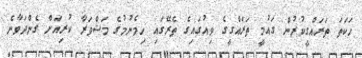
ހަކަތަ ތަރައްގީކުރުން ގައުމީ ތަރައްގީގެ ވިއުގައިގެ ތެރޭގައި ހިމެނުމުގެ މަޝްވަރާ ކުރިއަށް ގެންދަވާނެ